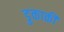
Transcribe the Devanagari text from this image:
डुकाकी